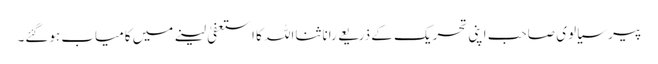
پیر سیالوی صاحب اپنی تحریک کے ذریعے رانا ثنااللہ کا استعفیٰ لینے میں کامیاب ہوگئے۔